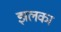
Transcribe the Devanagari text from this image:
झलका